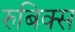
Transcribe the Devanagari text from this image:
रुबिक्स